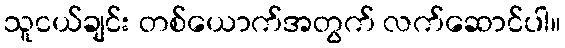
သူငယ်ချင်း တစ်ယောက်အတွက် လက်ဆောင်ပါ။